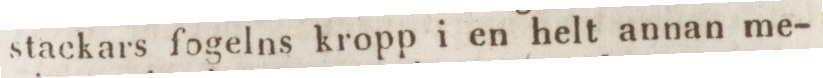
stackars fogelns kropp i en helt annan me-